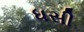
ધસી